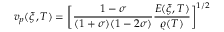
v _ { p } ( \xi , T ) = \bigg [ \frac { 1 - \sigma } { ( 1 + \sigma ) ( 1 - 2 \sigma ) } \frac { E ( \xi , T ) } { \varrho ( T ) } \bigg ] ^ { 1 / 2 }